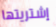
إشتريتها